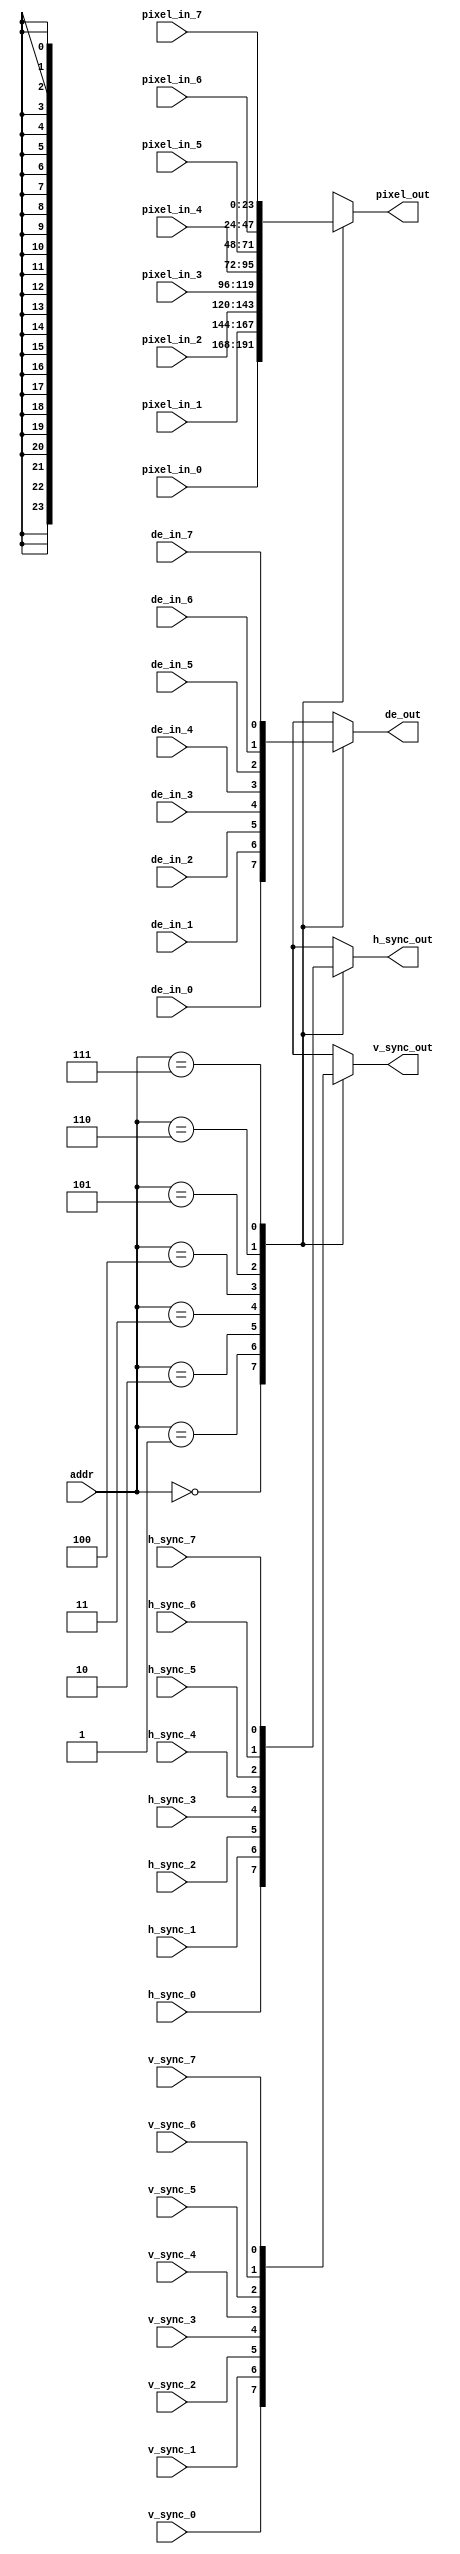
`timescale 1ns / 1ps
//////////////////////////////////////////////////////////////////////////////////
// Company: 
// Engineer: 
// 
// Design Name: 
// Module Name: mux
// Project Name: 
// Target Devices: 
// Tool Versions: 
// Description: 
// 
// Dependencies: 
// 
// Revision:
// Revision 0.01 - File Created
// Additional Comments:
// 
//////////////////////////////////////////////////////////////////////////////////


module mux(

    input [2 : 0] addr,
    
    input [23 : 0] pixel_in_0,
    input [23 : 0] pixel_in_1,
    input [23 : 0] pixel_in_2,
    input [23 : 0] pixel_in_3,
    input [23 : 0] pixel_in_4,
    input [23 : 0] pixel_in_5,
    input [23 : 0] pixel_in_6,
    input [23 : 0] pixel_in_7,
    
    input de_in_0,
    input de_in_1,
    input de_in_2,
    input de_in_3,
    input de_in_4,
    input de_in_5,
    input de_in_6,
    input de_in_7,
    
    input h_sync_0,
    input h_sync_1,
    input h_sync_2,
    input h_sync_3,
    input h_sync_4,
    input h_sync_5,
    input h_sync_6,
    input h_sync_7,
    
    input v_sync_0,
    input v_sync_1,
    input v_sync_2,
    input v_sync_3,
    input v_sync_4,
    input v_sync_5,
    input v_sync_6,
    input v_sync_7,
    
    output [23 : 0] pixel_out,
    output de_out,
    output h_sync_out,
    output v_sync_out
);

    wire [23 : 0] pixel_mux [7 : 0];
    wire de_mux [7 : 0];
    wire h_sync_mux [7 : 0];
    wire v_sync_mux [7 : 0];
    
    assign pixel_mux[0] = pixel_in_0;
    assign pixel_mux[1] = pixel_in_1;
    assign pixel_mux[2] = pixel_in_2;
    assign pixel_mux[3] = pixel_in_3;
    assign pixel_mux[4] = pixel_in_4;
    assign pixel_mux[5] = pixel_in_5;
    assign pixel_mux[6] = pixel_in_6;
    assign pixel_mux[7] = pixel_in_7;
    
    assign de_mux[0] = de_in_0;
    assign de_mux[1] = de_in_1;
    assign de_mux[2] = de_in_2;
    assign de_mux[3] = de_in_3;
    assign de_mux[4] = de_in_4;
    assign de_mux[5] = de_in_5;
    assign de_mux[6] = de_in_6;
    assign de_mux[7] = de_in_7;
    
    assign h_sync_mux[0] = h_sync_0;
    assign h_sync_mux[1] = h_sync_1;
    assign h_sync_mux[2] = h_sync_2;
    assign h_sync_mux[3] = h_sync_3;
    assign h_sync_mux[4] = h_sync_4;
    assign h_sync_mux[5] = h_sync_5;
    assign h_sync_mux[6] = h_sync_6;
    assign h_sync_mux[7] = h_sync_7;
    
    assign v_sync_mux[0] = v_sync_0;
    assign v_sync_mux[1] = v_sync_1;
    assign v_sync_mux[2] = v_sync_2;
    assign v_sync_mux[3] = v_sync_3;
    assign v_sync_mux[4] = v_sync_4;
    assign v_sync_mux[5] = v_sync_5;
    assign v_sync_mux[6] = v_sync_6;
    assign v_sync_mux[7] = v_sync_7;
    
    assign pixel_out = pixel_mux[addr];
    assign de_out = de_mux[addr];
    assign h_sync_out = h_sync_mux[addr];
    assign v_sync_out = v_sync_mux[addr];
endmodule